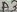
Text: A3